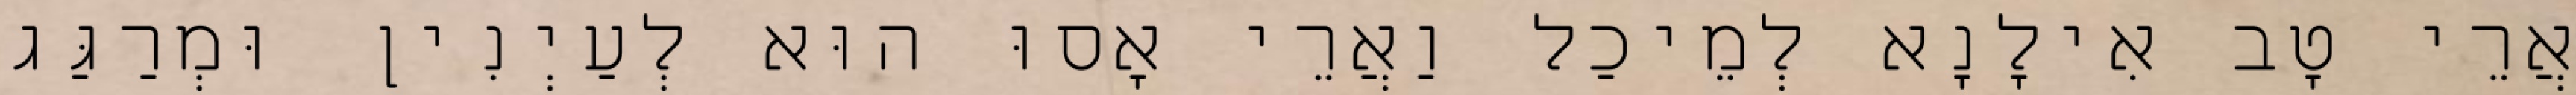
אֲרֵי טָב אִילָנָא לְמֵיכַל וַאֲרֵי אָסוּ הוּא לְעַיְנִין וּמְרַגַּג